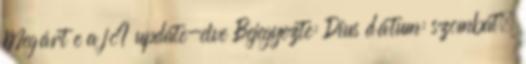
Megárt e a jó? update-elve Bejegyezte: Dius dátum: szombat,